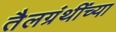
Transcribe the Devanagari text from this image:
तैलग्रंथींच्या